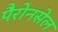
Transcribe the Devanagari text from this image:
पैरोनसेल